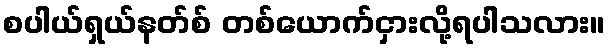
စပါယ်ရှယ်နတ်စ် တစ်ယောက်ငှားလို့ရပါသလား။